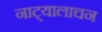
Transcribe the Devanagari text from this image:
नाट्यालाचन